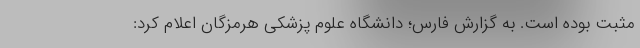
مثبت بوده است. به گزارش فارس؛ دانشگاه علوم پزشکی هرمزگان اعلام کرد: